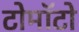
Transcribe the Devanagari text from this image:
टोमॉटो